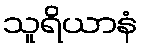
သူရိယာနံ